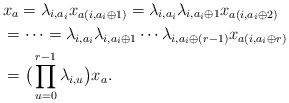
LaTeX: \begin{align*}&x_a=\lambda_{i,a_i}x_{a(i,a_i\oplus 1)}=\lambda_{i,a_i}\lambda_{i,a_i\oplus 1}x_{a(i,a_i\oplus 2)}\\&=\dots=\lambda_{i,a_i}\lambda_{i,a_i\oplus 1}\cdots \lambda_{i,a_i\oplus (r-1)}x_{a(i,a_i\oplus r)}\\&=\big(\prod_{u=0}^{r-1}\lambda_{i,u}\big)x_a.\end{align*}